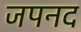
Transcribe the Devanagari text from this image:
जपनद